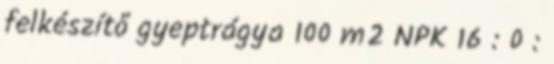
felkészítő gyeptrágya 100 m2 NPK 16 : 0 :